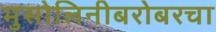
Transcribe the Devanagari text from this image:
मुसोलिनीबरोबरचा